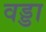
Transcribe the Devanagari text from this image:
वड्डा